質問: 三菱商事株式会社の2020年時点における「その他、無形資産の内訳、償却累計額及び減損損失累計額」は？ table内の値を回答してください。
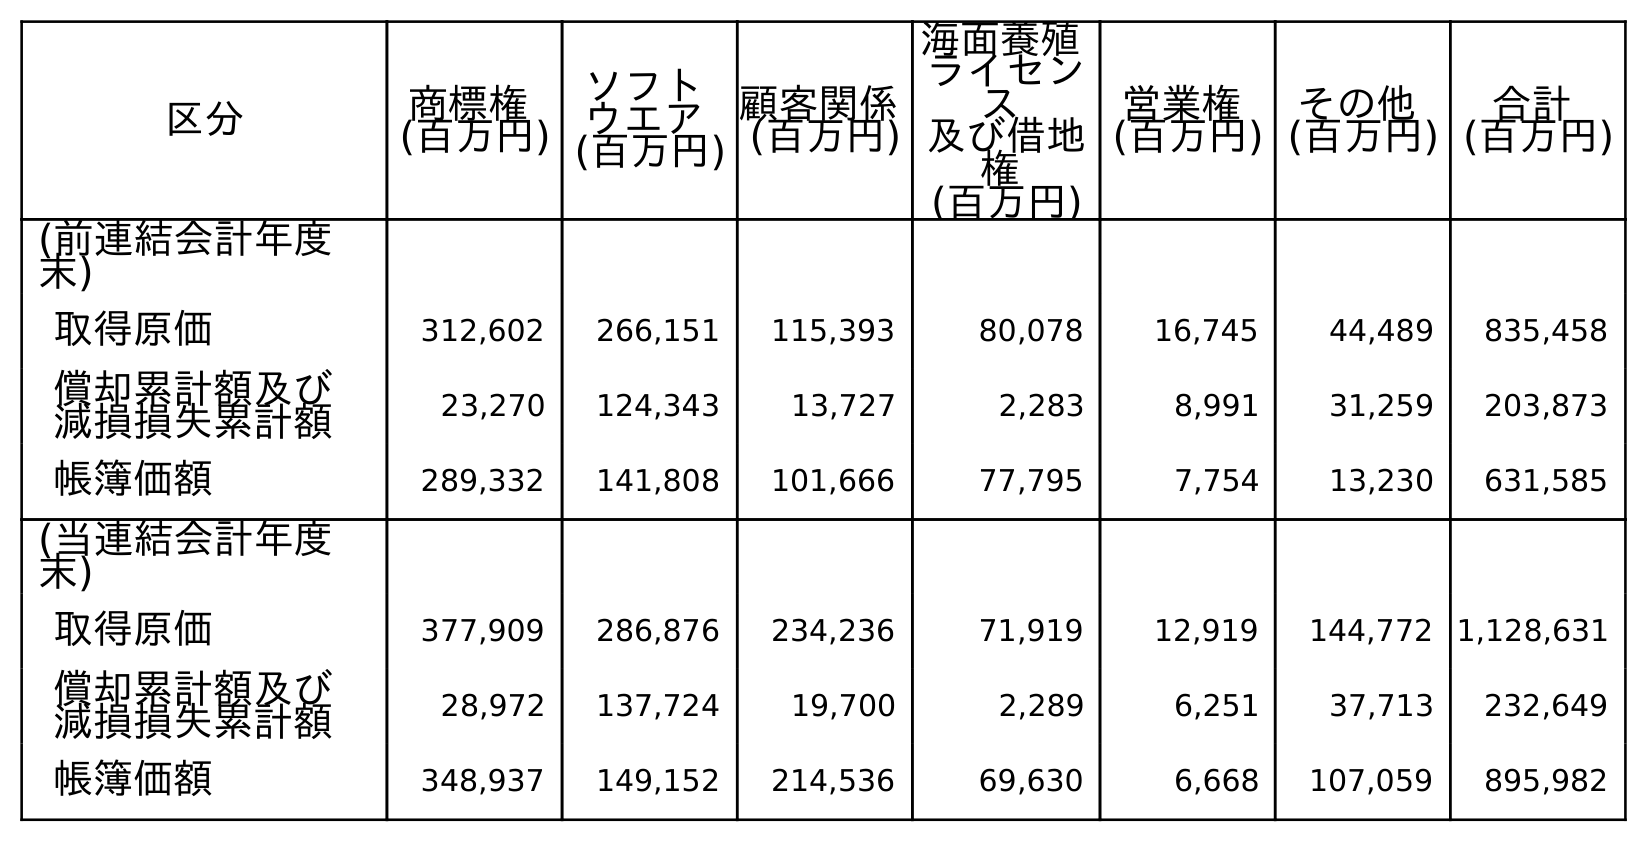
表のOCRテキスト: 区分 商標権 (百万円) ソフト ウエア (百万円) 顧客関係 (百万円) 海面養殖 ライセン ス 及び借地 権 (百万円) 営業権 (百万円) その他 (百万円) 合計 (百万円) (前連結会計年度 末) 取得原価 312,602 266,151 115,393 80,078 16,745 44,489 835,458 償却累計額及び 減損損失累計額 23,270 124,343 13,727 2,283 8,991 31,259 203,873 帳簿価額 289,332 141,808 101,666 77,795 7,754 13,230 631,585 (当連結会計年度 末) 取得原価 377,909 286,876 234,236 71,919 12,919 144,772 1,128,631 償却累計額及び 減損損失累計額 28,972 137,724 19,700 2,289 6,251 37,713 232,649 帳簿価額 348,937 149,152 214,536 69,630 6,668 107,059 895,982
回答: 37,713